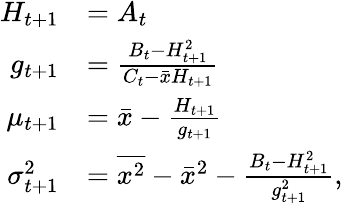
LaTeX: \begin{array}{rl}{H_{t+1}}&{=A_{t}}\\ {g_{t+1}}&{=\frac{B_{t}-H_{t+1}^{2}}{C_{t}-\bar{x}H_{t+1}}}\\ {\mu_{t+1}}&{=\bar{x}-\frac{H_{t+1}}{g_{t+1}}}\\ {\sigma_{t+1}^{2}}&{=\overline{{x^{2}}}-\bar{x}^{2}-\frac{B_{t}-H_{t+1}^{2}}{g_{t+1}^{2}},}\end{array}